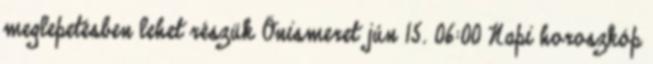
meglepetésben lehet részük Önismeret jún 15. 06:00 Napi horoszkóp